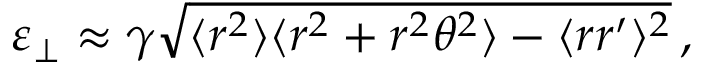
\varepsilon _ { \perp } \approx \gamma \sqrt { \langle r ^ { 2 } \rangle \langle r ^ { 2 } + r ^ { 2 } \theta ^ { 2 } \rangle - \langle r r ^ { \prime } \rangle ^ { 2 } } \, ,